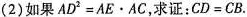
(2)如果$$A D ^ { 2 } = A E \cdot A C$$，求证：$$C D = C B$$。